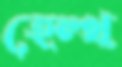
হেল্থ